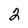
Character: 2